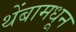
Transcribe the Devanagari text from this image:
थेंबामधून